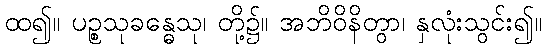
ထ၍။ ပဉ္စသုခန္ဓေသု၊ တို့၌။ အဘိဝိနိတွာ၊ နှလုံးသွင်း၍။